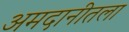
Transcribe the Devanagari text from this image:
अमदानीतला